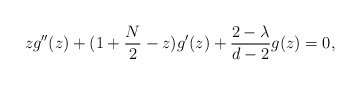
\begin{align*} zg''(z)+(1+\frac{N}{2}-z)g'(z)+\frac{2-\lambda}{d-2}g(z)=0,\end{align*}